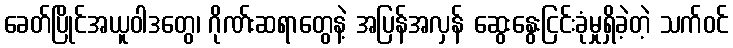
ခေတ်ပြိုင်အယူဝါဒတွေ၊ ဂိုဏ်းဆရာတွေနဲ့ အပြန်အလှန် ဆွေးနွေးငြင်းခုံမှုရှိခဲ့တဲ့ သက်ဝင်